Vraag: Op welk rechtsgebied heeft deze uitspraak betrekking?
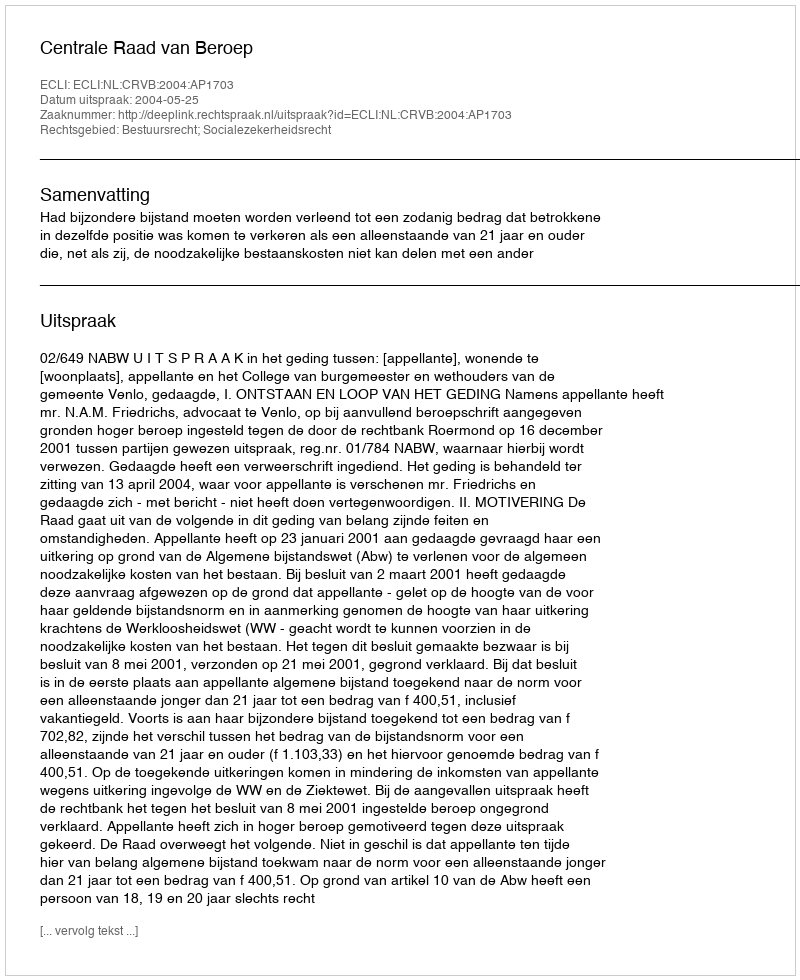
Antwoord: Bestuursrecht; Socialezekerheidsrecht